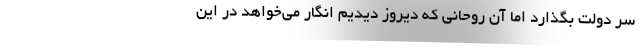
سر دولت بگذارد اما آن روحانی که دیروز دیدیم انگار می‌خواهد در این